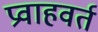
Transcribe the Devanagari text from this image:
प्रवाहवर्त